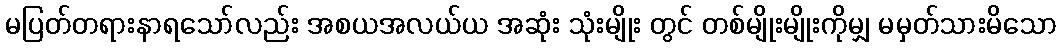
မပြတ်တရားနာရသော်လည်း အစယအလယ်ယ အဆုံး သုံးမျိုး တွင် တစ်မျိုးမျိုးကိုမျှ မမှတ်သားမိသော